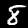
Label: 8